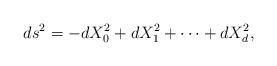
LaTeX: \begin{align*}ds^2=-dX_0^2+dX_1^2+\cdots+dX_d^2,\end{align*}